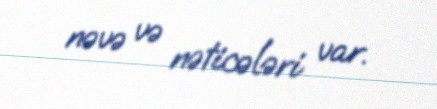
nəvə və nəticələri var.